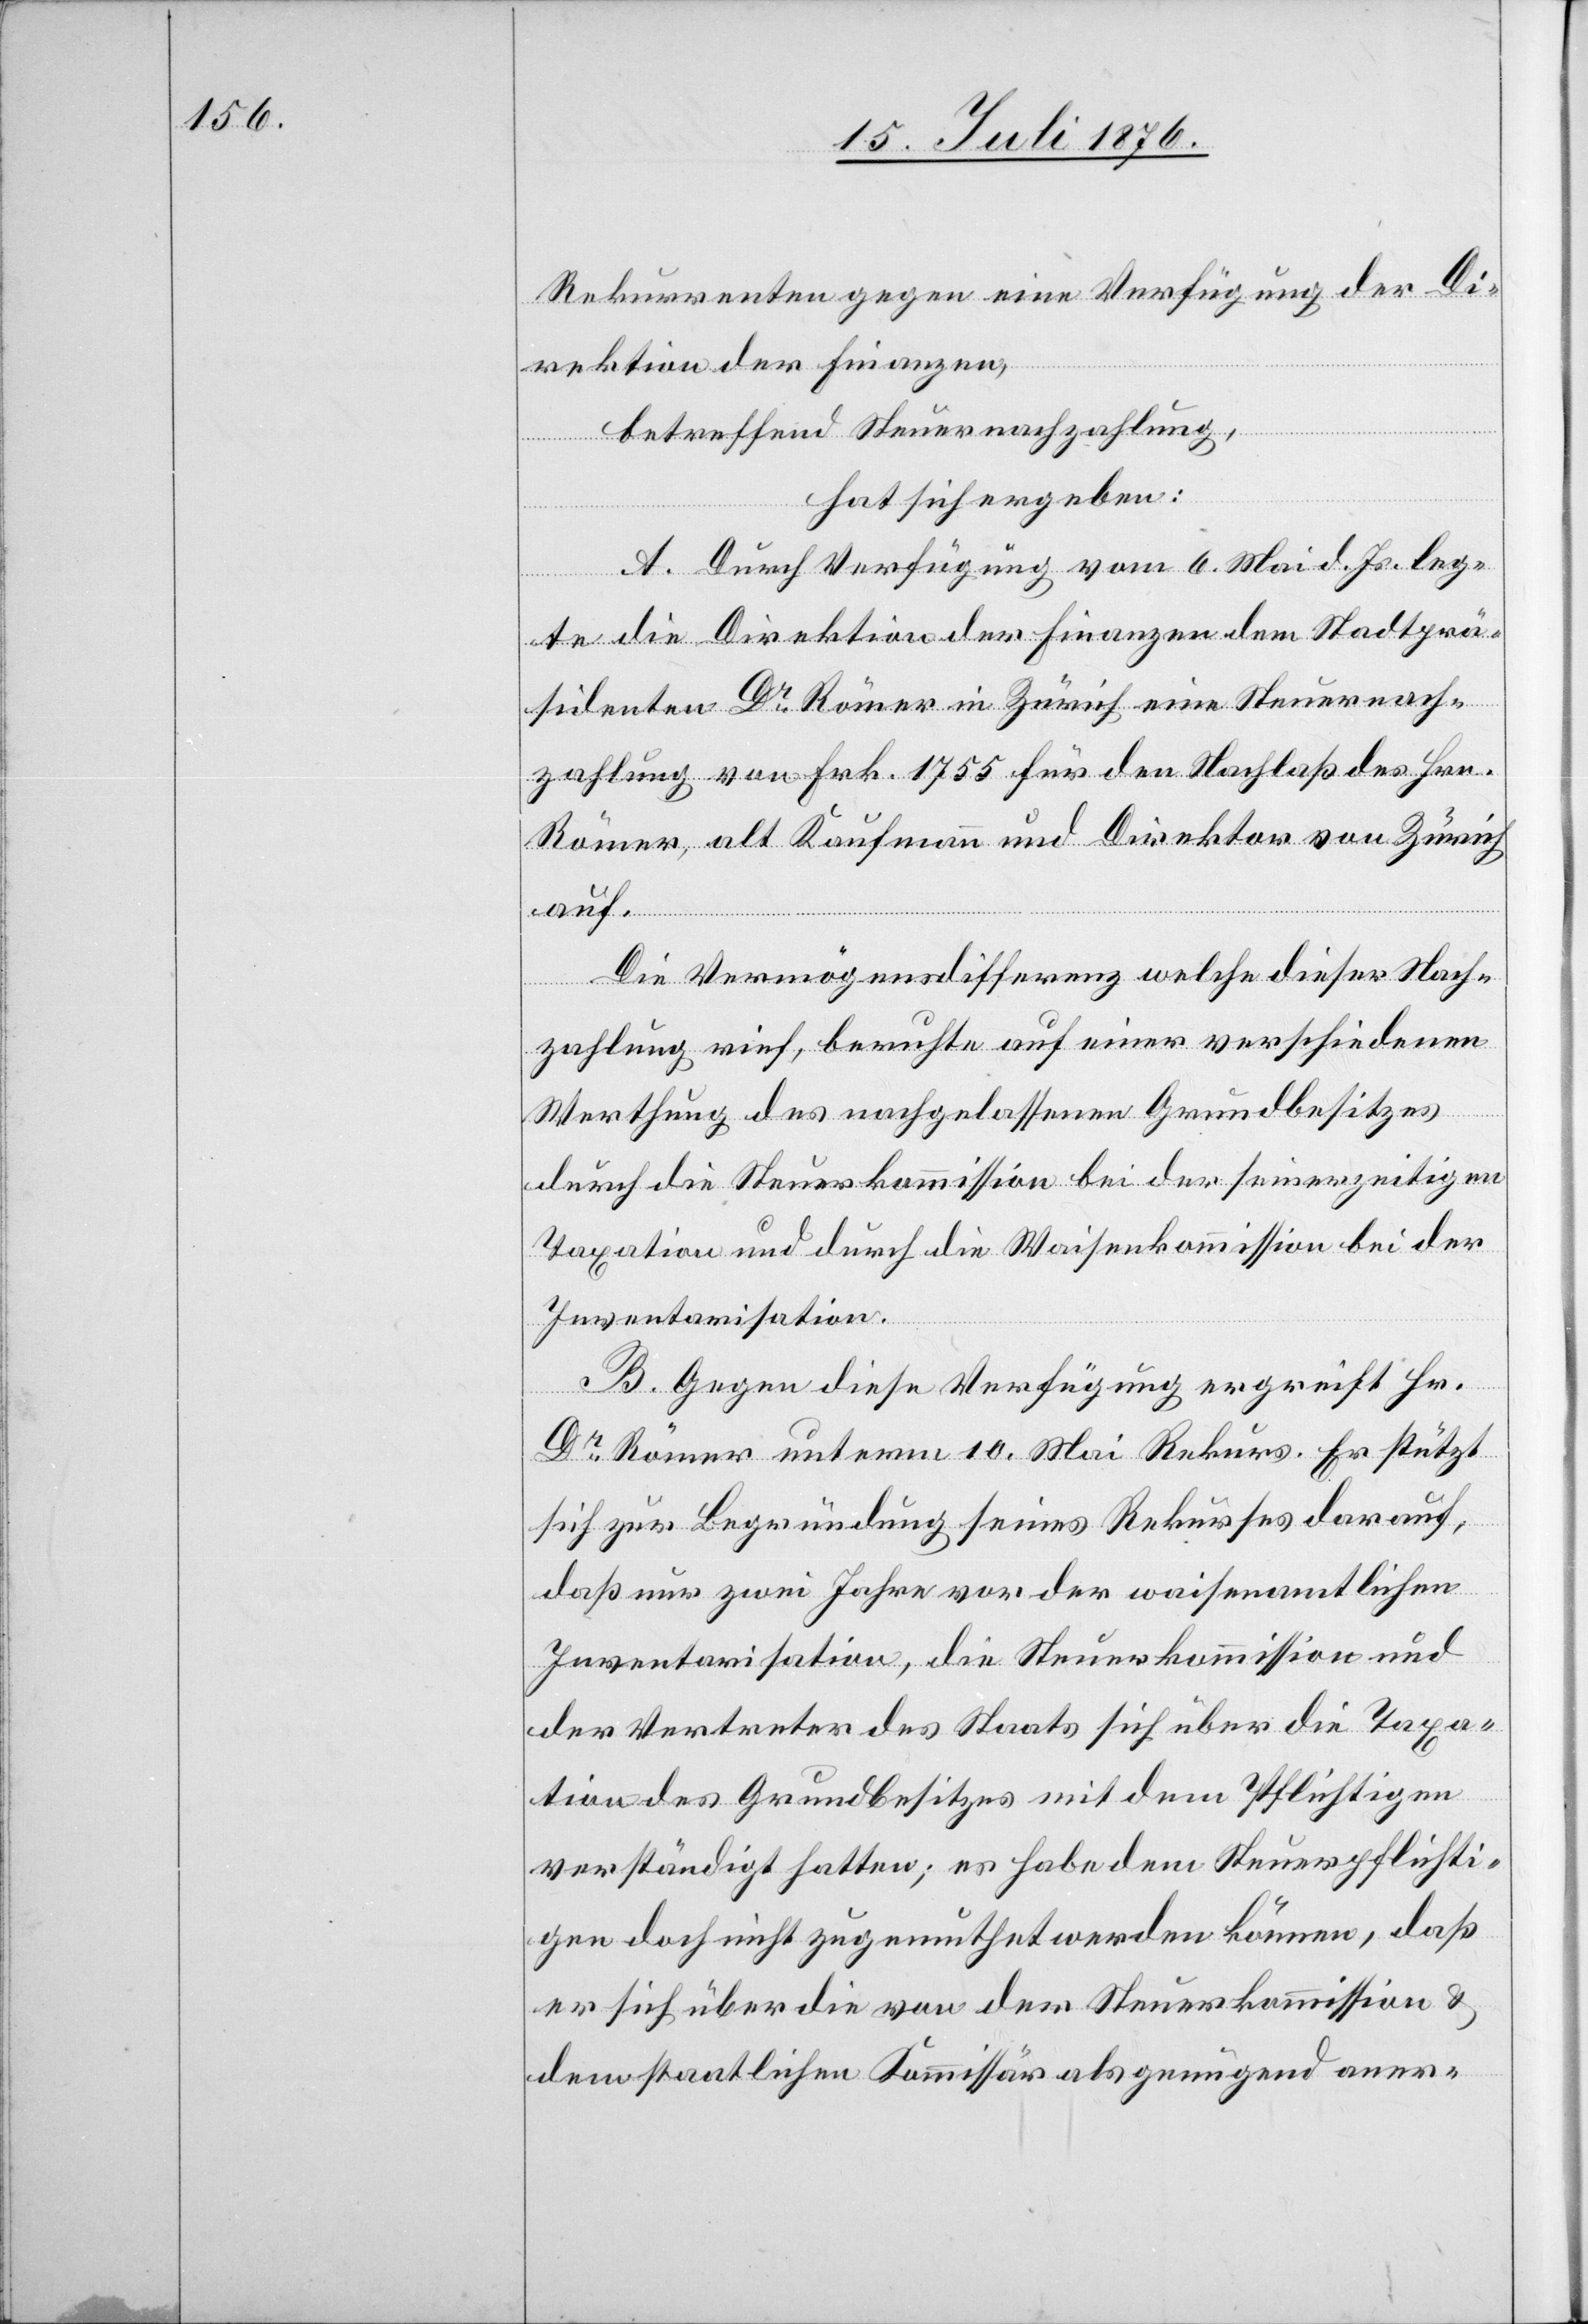
Rekurrenten gegen eine Verfügung der Di¬
rektion der Finanzen,
betreffend Steuernachzahlung,
hat sich ergeben:
A. Durch Verfügung vom 6. Mai d. Js. leg¬
te die Direktion der Finanzen dem Stadtprä¬
sidenten Dr Römer in Zürich eine Steuernach¬
zahlung von Frk. 1755 für den Nachlaß des Hrn.
Römer, alt Kaufmann und Direktor von Zürich
auf.
Die Vermögensdifferenz welche dieser Nach¬
zahlung rief, beruhte auf einer verschiedenen
Werthung des nachgelassenen Grundbesitzes
durch die Steuerkommission bei der seinerzeitigen
Taxation und durch die Waisenkommission bei der
Inventarisation.
B. Gegen diese Verfügung ergreift Hr.
Dr Römer unterm 10. Mai Rekurs. Er stützt
sich zur Begründung seines Rekurses darauf,
daß nur zwei Jahre vor der waisenamtlichen
Inventarisation, die Steuerkommission und
der Vertreter des Staats sich über die Taxa¬
tion des Grundbesitzes mit dem Pflichtigen
verständigt hatten; es habe dem Steuerpflichti¬
gen doch nicht zugemuthet werden können, daß
er sich über die von der Steuerkommission &
dem staatlichen Kommissär als genügend aner-